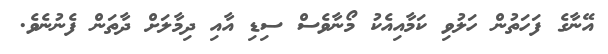
އޭނާގެ ފަހަތުން ހަލުވި ކަމާއިއެކު މޯނާވެސް ސިޑި އާއި ދިމާލަށް ދާތަން ފެނުނެވެ.